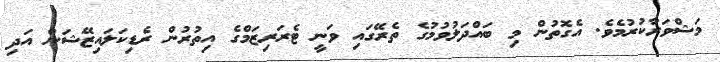
މަޝްވަރާކުރުމެވެ. އެގޮތުން މި ބައްދަލުވުމުގެ ތެރޭގައި ވަނީ ޓެރަރިޒަމްގެ އިތުރުން ރެޑިކަލައިޒޭޝަން އަދި